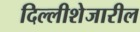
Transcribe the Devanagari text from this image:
दिल्लीशेजारील